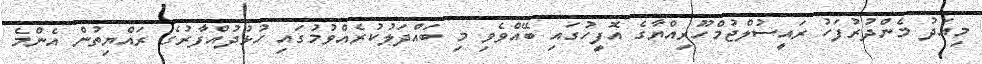
މިއަދު މެންދުރުފަހު ރައީސުލްޖުމްހޫރިއްޔާގެ އޮފީހުގައި ބޭއްވެވި މި ބައްދަލުކުރެއްވުމުގައި ހުޅުދުއްފާރުގެ ރައްޔިތުން އެންމެ